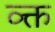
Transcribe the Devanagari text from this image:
व्क्त